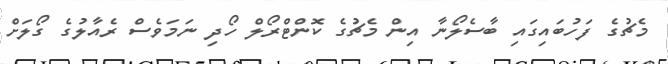
މެޗުގެ ފަހުބައިގައި ބާސެލޯނާ އިން މެޗުގެ ކޮންޓްރޯލް ހޯދި ނަމަވެސް ރެއާލުގެ ގޯލަށް